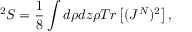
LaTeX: ^ 2 S = \frac { 1 } { 8 } \int d \rho d z \rho T r \left[ ( J ^ { N } ) ^ { 2 } \right] ,